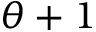
\theta + 1